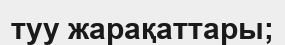
туу жарақаттары;